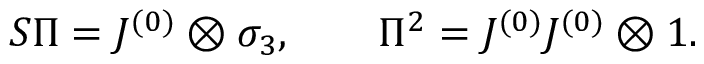
S \Pi = J ^ { ( 0 ) } \otimes \sigma _ { 3 } , \qquad \Pi ^ { 2 } = J ^ { ( 0 ) } J ^ { ( 0 ) } \otimes 1 .